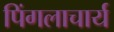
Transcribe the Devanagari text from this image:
पिंगलाचार्य